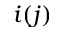
i ( j )